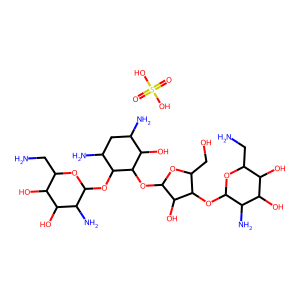
SMILES: NCC1OC(OC2C(CO)OC(OC3C(O)C(N)CC(N)C3OC3OC(CN)C(O)C(O)C3N)C2O)C(N)C(O)C1O.O=S(=O)(O)O
Inhibits HIV replication: No